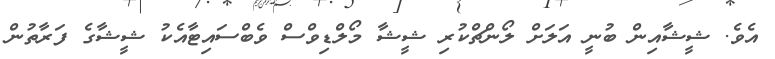
އެވެ. ޝީޝާއިން ބުނީ އަލަށް ލޯންޗްކުރި ޝީޝާ މޯލްޑިވްސް ވެބްސައިޓާއެކު ޝީޝާގެ ފަރާތުން